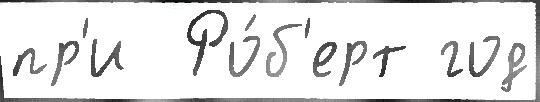
пр'и  Ро́б'ерт год